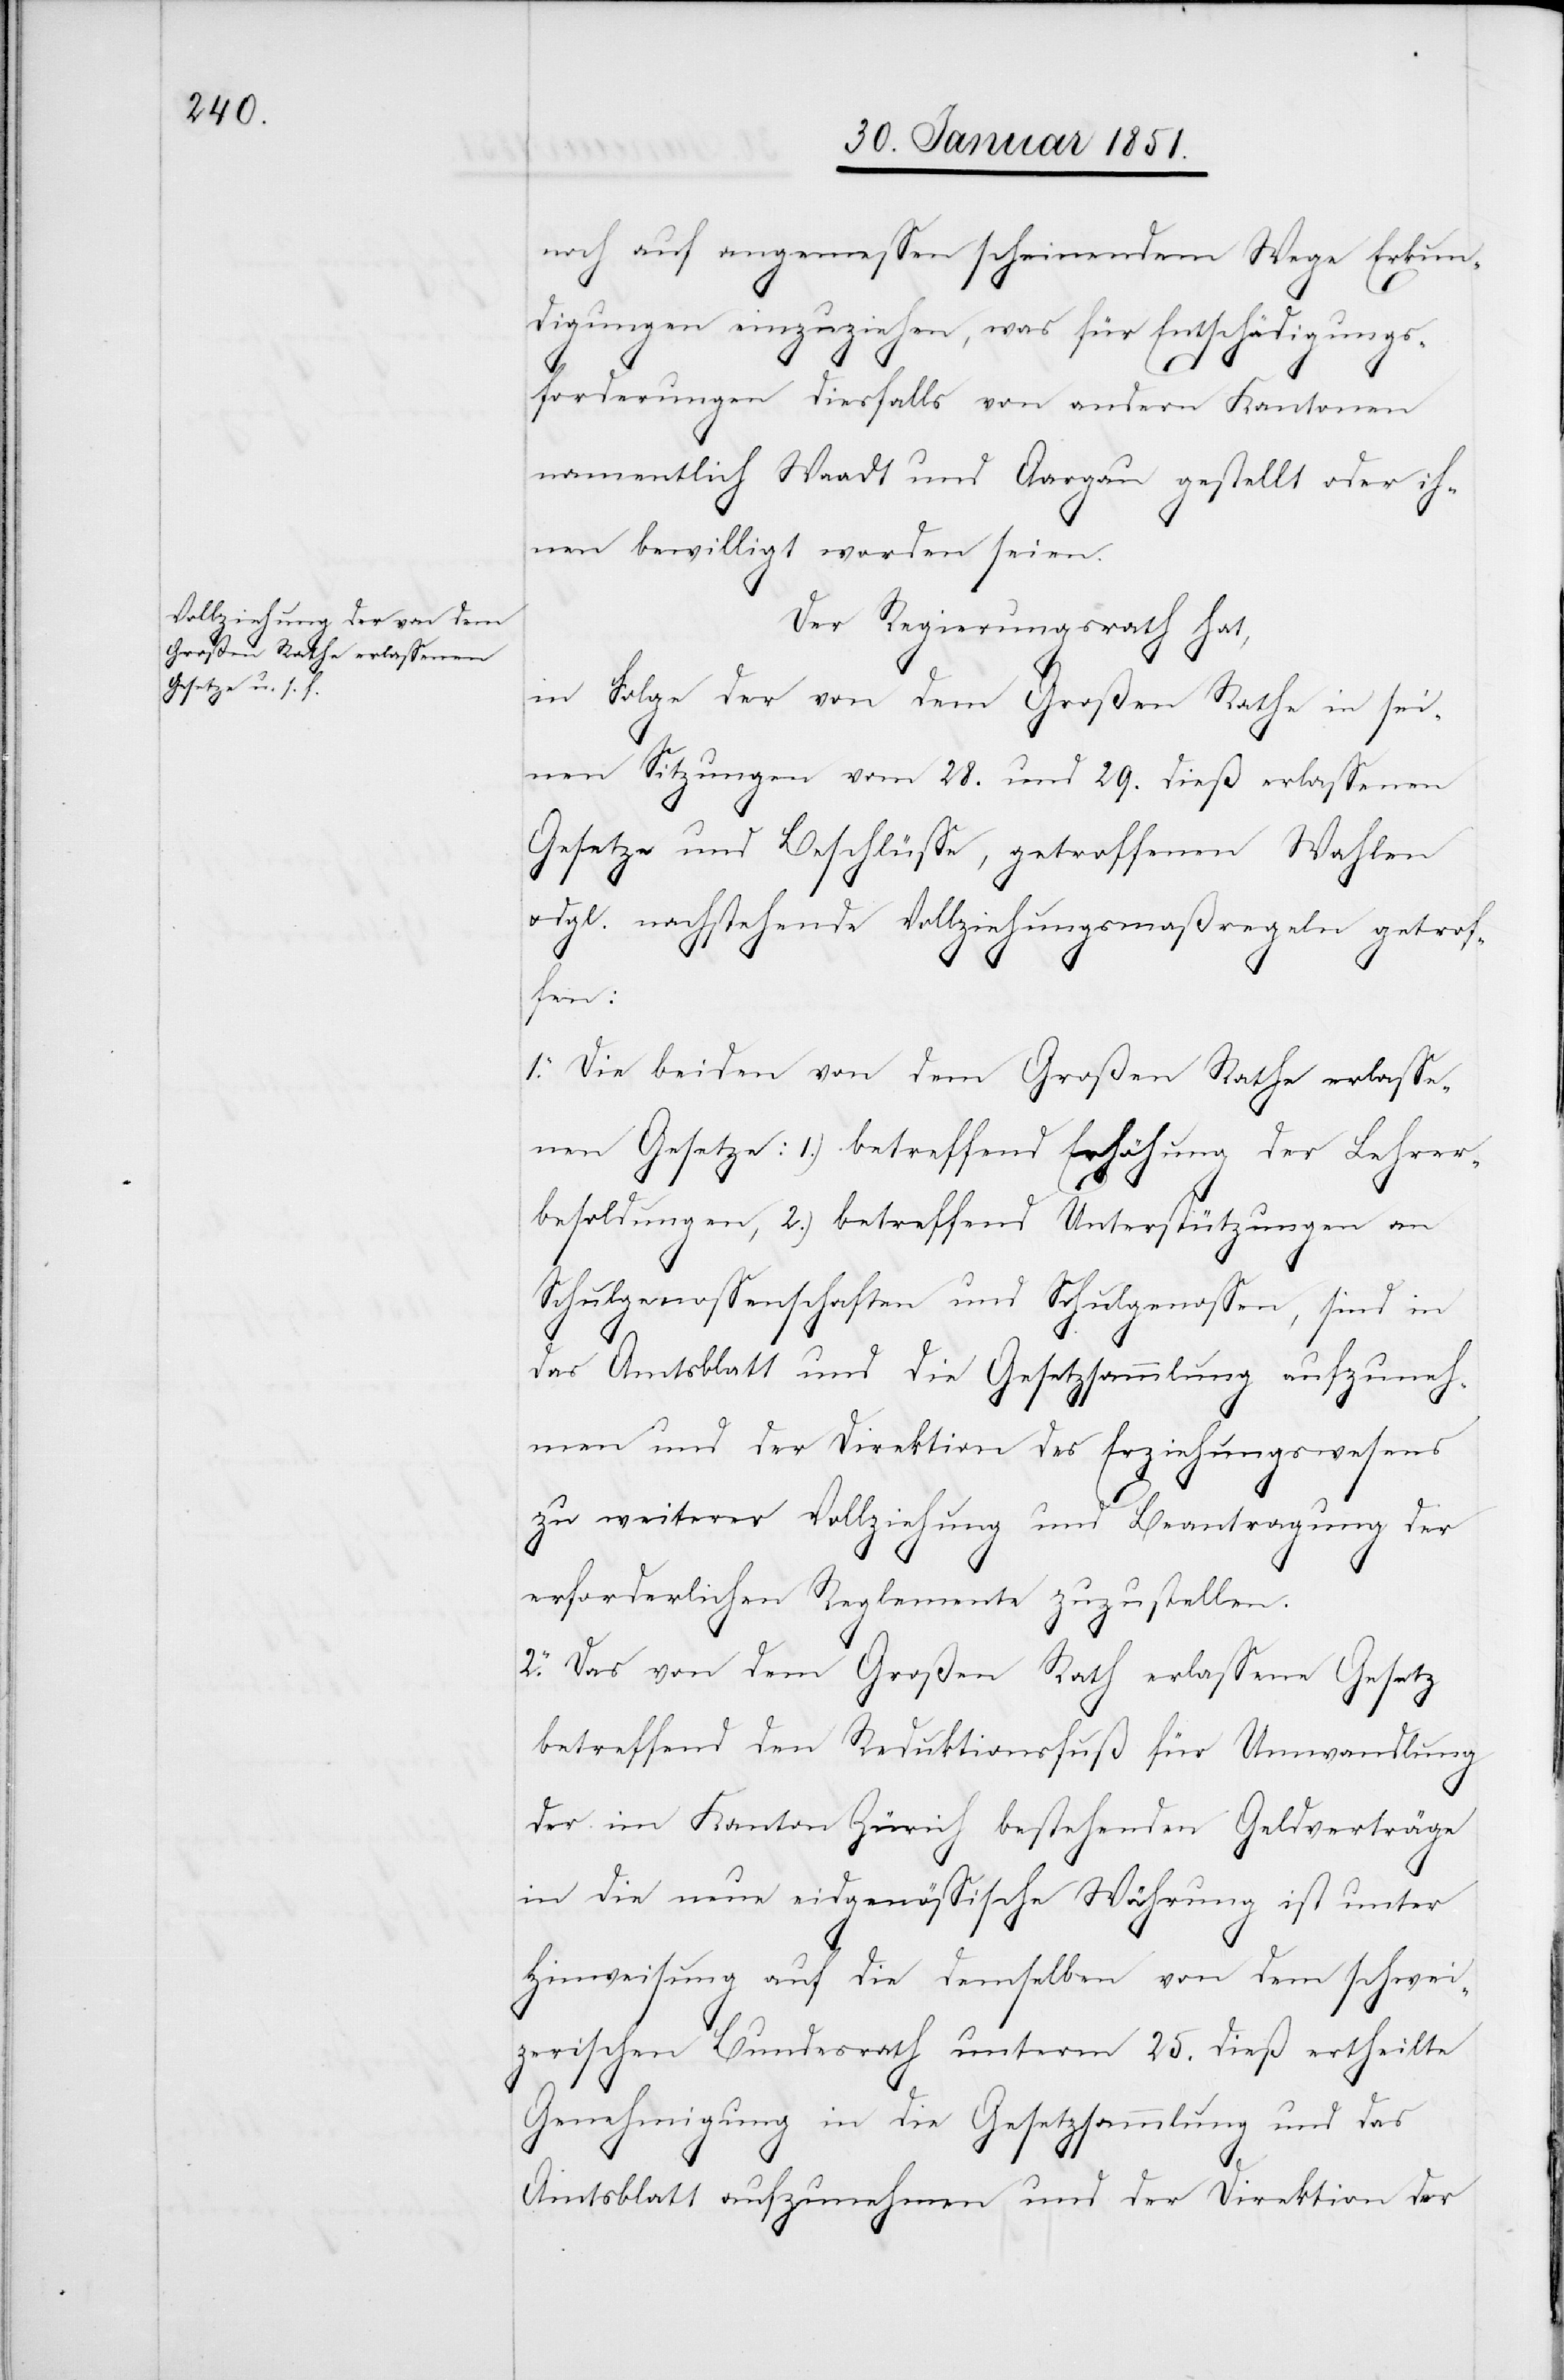
noch auf angemessen scheinendem Wege Erkun¬
digungen einzuziehen, was für Entschädigungs¬
forderungen diesfalls von andern Kantonen
namentlich Waadt und Aargau gestellt oder ih¬
nen bewilligt worden seien.
Der Regierungsrath hat,
in Folge der von dem Großen Rathe in sei¬
nen Sitzungen vom 28. und 29. dieß erlassenen
Gesetze und Beschlüsse, getroffenen Wahlen
dgl. nachstehende Vollziehungsmaßregeln getrof¬
fen:
1. Die beiden von dem Großen Rathe erlasse¬
nen Gesetze: 1.) betreffend Erhöhung der Lehrer¬
besoldungen, 2.) betreffend Unterstützungen an
Schulgenossenschaften und Schulgenossen, sind in
das Amtsblatt und die Gesetzsammlung aufzuneh¬
men und der Direktion des Erziehungswesens
zu weiterer Vollziehung und Beantragung der
erforderlichen Reglemente zuzustellen.
2. Das von dem Großen Rath erlassene Gesetz
betreffend den Reduktionsfuß für Umwandlung
der im Kanton Zürich bestehenden Geldverträge
in die neue eidgenössische Währung ist unter
Hinweisung auf die demselben von dem schwei¬
zerischen Bundesrath unterm 25. dieß ertheilte
Genehmigung in die Gesetzsammlung und das
u.
Amtsblatt aufzunehmen und der Direktion der